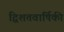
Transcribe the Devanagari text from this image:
द्विशतवार्षिकी